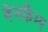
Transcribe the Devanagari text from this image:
वेनकैम्प